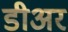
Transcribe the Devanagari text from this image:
डीअर